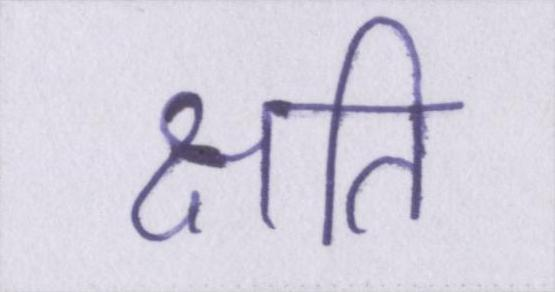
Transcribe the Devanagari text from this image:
क्षति